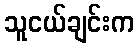
သူငယ်ချင်းက